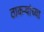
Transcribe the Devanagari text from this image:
ठाकर्‍यांच्या